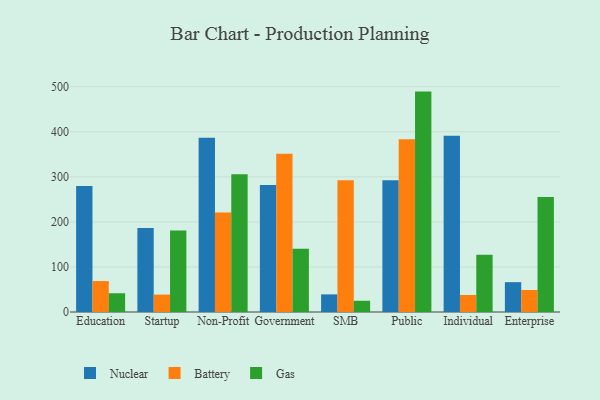
{"axis": {"x": "Segment", "y": "Customer Acquisition Cost (USD)"}, "legend": ["Battery", "Gas", "Nuclear"], "data": [{"x": "Education", "y": 279.8, "type": "Nuclear"}, {"x": "Education", "y": 68.7, "type": "Battery"}, {"x": "Education", "y": 41.6, "type": "Gas"}, {"x": "Startup", "y": 186.6, "type": "Nuclear"}, {"x": "Startup", "y": 38.6, "type": "Battery"}, {"x": "Startup", "y": 180.7, "type": "Gas"}, {"x": "Non-Profit", "y": 386.9, "type": "Nuclear"}, {"x": "Non-Profit", "y": 220.9, "type": "Battery"}, {"x": "Non-Profit", "y": 305.6, "type": "Gas"}, {"x": "Government", "y": 281.7, "type": "Nuclear"}, {"x": "Government", "y": 351.4, "type": "Battery"}, {"x": "Government", "y": 140.5, "type": "Gas"}, {"x": "SMB", "y": 39.1, "type": "Nuclear"}, {"x": "SMB", "y": 292.2, "type": "Battery"}, {"x": "SMB", "y": 24.9, "type": "Gas"}, {"x": "Public", "y": 292.5, "type": "Nuclear"}, {"x": "Public", "y": 383.6, "type": "Battery"}, {"x": "Public", "y": 489.1, "type": "Gas"}, {"x": "Individual", "y": 391.1, "type": "Nuclear"}, {"x": "Individual", "y": 37.8, "type": "Battery"}, {"x": "Individual", "y": 127.1, "type": "Gas"}, {"x": "Enterprise", "y": 66.2, "type": "Nuclear"}, {"x": "Enterprise", "y": 48.8, "type": "Battery"}, {"x": "Enterprise", "y": 255.0, "type": "Gas"}]}